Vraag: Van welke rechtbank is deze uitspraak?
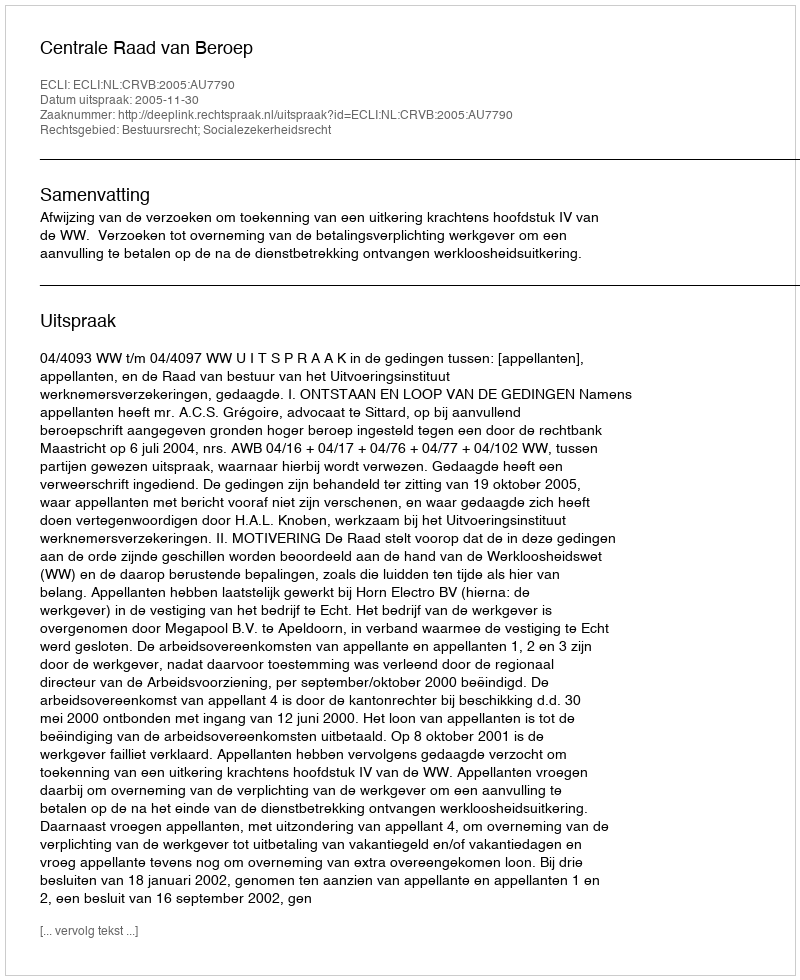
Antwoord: Centrale Raad van Beroep